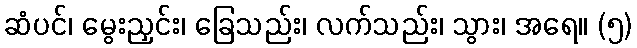
ဆံပင်၊ မွေးညှင်း၊ ခြေသည်း၊ လက်သည်း၊ သွား၊ အရေ။ (၅)